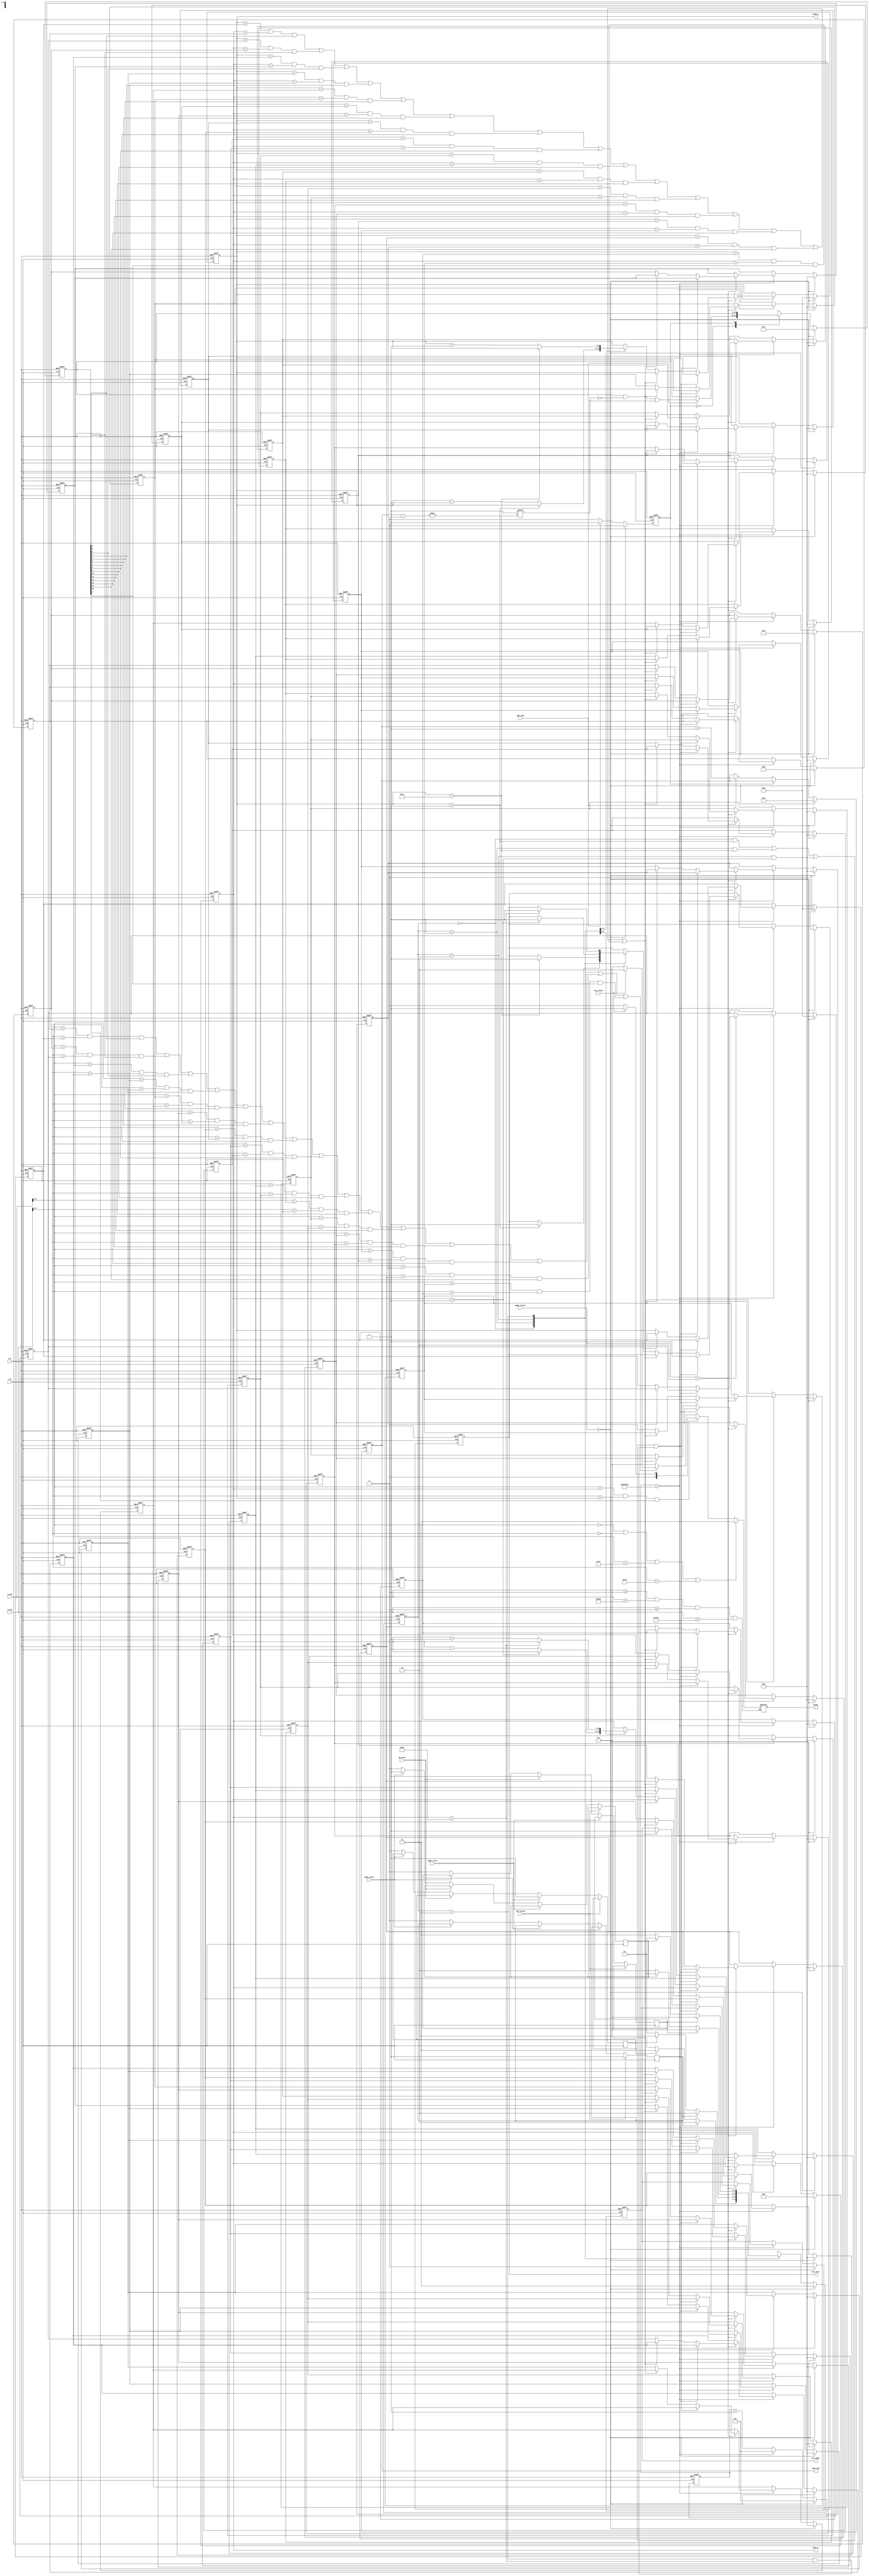
//
module Snake
(
	input clk,
	input rst,
	
	input left_press,
	input right_press,
	input up_press,
	input down_press,
	
	output reg [1:0] snake,//  00 01 10 11
	
	input [9:0]x_pos,
	input [9:0]y_pos,//  ""
	
	output [5:0]head_x,	
	output [5:0]head_y,//
	
	input add_cube,//
	
	input [1:0]game_status,//
	
	output reg [6:0]cube_num,
	
	output reg hit_body,   //
	output reg hit_wall,   //
	input die_flash        //
);
	
	localparam UP = 2'b00;
	localparam DOWN = 2'b01;
	localparam LEFT = 2'b10;
	localparam RIGHT = 2'b11;
	
	localparam NONE = 2'b00;
	localparam HEAD = 2'b01;
	localparam BODY = 2'b10;
	localparam WALL = 2'b11;
	
    localparam RESTART = 2'b00;
	localparam PLAY = 2'b10;
	
	reg[31:0]cnt;
	
	wire[1:0]direct;
	reg [1:0]direct_r;     //
	assign direct = direct_r;//
	reg[1:0]direct_next;
	
	reg change_to_left;
	reg change_to_right;
	reg change_to_up;
	reg change_to_down;
	
	reg [5:0]cube_x[15:0];
	reg [5:0]cube_y[15:0];// "" 
	reg [15:0]is_exist;    //
	
	reg addcube_state;
	
	assign head_x = cube_x[0];
	assign head_y = cube_y[0]; 
	
	always @(posedge clk or negedge rst) begin		
		if(!rst)
			direct_r <= RIGHT; //
		else if(game_status == RESTART) 
		    direct_r <= RIGHT;
		else
			direct_r <= direct_next;
	end

    
	always @(posedge clk or negedge rst) begin
		if(!rst) begin
			cnt <= 0;
								
			cube_x[0] <= 10;
			cube_y[0] <= 5;
					
			cube_x[1] <= 9;
			cube_y[1] <= 5;
					
			cube_x[2] <= 8;
			cube_y[2] <= 5;

			cube_x[3] <= 0;
			cube_y[3] <= 0;
					
			cube_x[4] <= 0;
			cube_y[4] <= 0;
					
			cube_x[5] <= 0;
			cube_y[5] <= 0;
					
			cube_x[6] <= 0;
			cube_y[6] <= 0;
					
			cube_x[7] <= 0;
			cube_y[7] <= 0;
					
			cube_x[8] <= 0;
			cube_y[8] <= 0;
					
			cube_x[9] <= 0;
			cube_y[9] <= 0;					
					
			cube_x[10] <= 0;
			cube_y[10] <= 0;
					
			cube_x[11] <= 0;
			cube_y[11] <= 0;
					
            cube_x[12] <= 0;
			cube_y[12] <= 0;
					
			cube_x[13] <= 0;
			cube_y[13] <= 0;
					
			cube_x[14] <= 0;
			cube_y[14] <= 0;
					
			cube_x[15] <= 0;
			cube_y[15] <= 0;

			hit_wall <= 0;
			hit_body <= 0;//3  16 3-
		end		
		else if(game_status == RESTART) begin
                    cnt <= 0;
                                                    
                    cube_x[0] <= 10;
                    cube_y[0] <= 5;
                                        
                    cube_x[1] <= 9;
                    cube_y[1] <= 5;
                                        
                    cube_x[2] <= 8;
                    cube_y[2] <= 5;
                    
                    cube_x[3] <= 0;
                    cube_y[3] <= 0;
                                        
                    cube_x[4] <= 0;
                    cube_y[4] <= 0;
                                        
                    cube_x[5] <= 0;
                    cube_y[5] <= 0;
                                        
                    cube_x[6] <= 0;
                    cube_y[6] <= 0;
                                        
                    cube_x[7] <= 0;
                    cube_y[7] <= 0;
                                        
                    cube_x[8] <= 0;
                    cube_y[8] <= 0;
                                        
                    cube_x[9] <= 0;
                    cube_y[9] <= 0;
                                        
                    cube_x[10] <= 0;
                    cube_y[10] <= 0;
                                        
                    cube_x[11] <= 0;
                    cube_y[11] <= 0;
                                        
                    cube_x[12] <= 0;
                    cube_y[12] <= 0;
                                        
                    cube_x[13] <= 0;
                    cube_y[13] <= 0;
                                        
                    cube_x[14] <= 0;
                    cube_y[14] <= 0;
                                        
                    cube_x[15] <= 0;
                    cube_y[15] <= 0;
                    
                    hit_wall <= 0;
                    hit_body <= 0;//3  16 3                                
        end
		else begin
			cnt <= cnt + 1;
			if(cnt == 12_500_000) begin   //0.02us*12'500'000=0.25s   
				cnt <= 0;
				if(game_status == PLAY) begin
					if((direct == UP && cube_y[0] == 1)|(direct == DOWN && cube_y[0] == 28)|(direct == LEFT && cube_x[0] == 1)|(direct == RIGHT && cube_x[0] == 38))
					   hit_wall <= 1; //
					else if((cube_y[0] == cube_y[1] && cube_x[0] == cube_x[1] && is_exist[1] == 1)|
							(cube_y[0] == cube_y[2] && cube_x[0] == cube_x[2] && is_exist[2] == 1)|
							(cube_y[0] == cube_y[3] && cube_x[0] == cube_x[3] && is_exist[3] == 1)|
							(cube_y[0] == cube_y[4] && cube_x[0] == cube_x[4] && is_exist[4] == 1)|
							(cube_y[0] == cube_y[5] && cube_x[0] == cube_x[5] && is_exist[5] == 1)|
							(cube_y[0] == cube_y[6] && cube_x[0] == cube_x[6] && is_exist[6] == 1)|
							(cube_y[0] == cube_y[7] && cube_x[0] == cube_x[7] && is_exist[7] == 1)|
							(cube_y[0] == cube_y[8] && cube_x[0] == cube_x[8] && is_exist[8] == 1)|
							(cube_y[0] == cube_y[9] && cube_x[0] == cube_x[9] && is_exist[9] == 1)|
							(cube_y[0] == cube_y[10] && cube_x[0] == cube_x[10] && is_exist[10] == 1)|
							(cube_y[0] == cube_y[11] && cube_x[0] == cube_x[11] && is_exist[11] == 1)|
							(cube_y[0] == cube_y[12] && cube_x[0] == cube_x[12] && is_exist[12] == 1)|
							(cube_y[0] == cube_y[13] && cube_x[0] == cube_x[13] && is_exist[13] == 1)|
							(cube_y[0] == cube_y[14] && cube_x[0] == cube_x[14] && is_exist[14] == 1)|
							(cube_y[0] == cube_y[15] && cube_x[0] == cube_x[15] && is_exist[15] == 1))
							hit_body <= 1;//Y=Y  X=X    
					else begin
						cube_x[1] <= cube_x[0];
						cube_y[1] <= cube_y[0];
										
						cube_x[2] <= cube_x[1];
						cube_y[2] <= cube_y[1];
										
						cube_x[3] <= cube_x[2];
						cube_y[3] <= cube_y[2];
										
						cube_x[4] <= cube_x[3];
						cube_y[4] <= cube_y[3];
										
						cube_x[5] <= cube_x[4];
						cube_y[5] <= cube_y[4];
										
						cube_x[6] <= cube_x[5];
						cube_y[6] <= cube_y[5];
										
						cube_x[7] <= cube_x[6];
						cube_y[7] <= cube_y[6];
										
						cube_x[8] <= cube_x[7];
						cube_y[8] <= cube_y[7];
										
						cube_x[9] <= cube_x[8];
						cube_y[9] <= cube_y[8];
										
						cube_x[10] <= cube_x[9];
						cube_y[10] <= cube_y[9];
										
						cube_x[11] <= cube_x[10];
						cube_y[11] <= cube_y[10];
										
						cube_x[12] <= cube_x[11];
						cube_y[12] <= cube_y[11];
										 
						cube_x[13] <= cube_x[12];
						cube_y[13] <= cube_y[12];
										
						cube_x[14] <= cube_x[13];
						cube_y[14] <= cube_y[13];
										
						cube_x[15] <= cube_x[14];
						cube_y[15] <= cube_y[14];
						//  
						case(direct)							
							UP: begin
							    if(cube_y[0] == 1)
									hit_wall <= 1;
								else
									cube_y[0] <= cube_y[0]-1;
							end
									
							DOWN: begin
								if(cube_y[0] == 28)
									hit_wall <= 1;
								else
									cube_y[0] <= cube_y[0] + 1;
							end
										
							LEFT: begin
								if(cube_x[0] == 1)
									hit_wall <= 1;
								else
									cube_x[0] <= cube_x[0] - 1;											
							end

							RIGHT: begin
								if(cube_x[0] == 38)
									hit_wall <= 1;
                                else
									cube_x[0] <= cube_x[0] + 1;
							end
						endcase				// 
					end
				end
			end
		end
	end
	
	always @(*) begin   //
		direct_next = direct;		
        case(direct)	
		    UP: begin    //Direct_nextDirect_nextDirect_rDirect
			    if(change_to_left)
				    direct_next = LEFT;
			    else if(change_to_right)
				    direct_next = RIGHT;
			    else
				    direct_next = UP;			
		    end		
			
		    DOWN: begin
			    if(change_to_left)
				    direct_next = LEFT;
			    else if(change_to_right)
			        direct_next = RIGHT;
			    else
				    direct_next = DOWN;			
		    end		
			
		    LEFT: begin
			    if(change_to_up)
				    direct_next = UP;
			    else if(change_to_down)
    			    direct_next = DOWN;
			    else
				    direct_next = LEFT;			
		    end
		
		    RIGHT: begin
			    if(change_to_up)
				    direct_next = UP;
			    else if(change_to_down)
				    direct_next = DOWN;
			    else
				    direct_next = RIGHT;
		    end	
	    endcase
	end
	
	always @(posedge clk) begin     //
		if(left_press == 1)
			change_to_left <= 1;
		else if(right_press == 1)
			change_to_right <= 1;
		else if(up_press == 1)
			change_to_up <= 1;
		else if(down_press == 1)
			change_to_down <= 1;
		else begin
			change_to_left <= 0;
			change_to_right <= 0;
			change_to_up <= 0;
			change_to_down <= 0;
		end
	end
	
	always @(posedge clk or negedge rst) begin
//add_cube==1"is_exixt[cube_num]<=1",cube_num""		
		if(!rst) begin
			is_exist <= 16'd7;
			cube_num <= 3;
			addcube_state <= 0;//3is_exist=0000_0000_0111,
		end  
		else if (game_status == RESTART) begin
		      is_exist <= 16'd7;
              cube_num <= 3;
              addcube_state <= 0;
         end
		else begin			
			case(addcube_state) //
				0:begin
					if(add_cube) begin
						cube_num <= cube_num + 1;
						is_exist[cube_num] <= 1;
						addcube_state <= 1;//""
					end						
				end
				1:begin
					if(!add_cube)
						addcube_state <= 0;				
				end
			endcase
		end
	end
	
	reg[3:0]lox;
	reg[3:0]loy;
	
	always @(x_pos or y_pos ) begin				
		if(x_pos >= 0 && x_pos < 640 && y_pos >= 0 && y_pos < 480) begin
			if(x_pos[9:4] == 0 | y_pos[9:4] == 0 | x_pos[9:4] == 39 | y_pos[9:4] == 29)
				snake = WALL;//
			else if(x_pos[9:4] == cube_x[0] && y_pos[9:4] == cube_y[0] && is_exist[0] == 1) 
				snake = (die_flash == 1) ? HEAD : NONE;//
			else if
				((x_pos[9:4] == cube_x[1] && y_pos[9:4] == cube_y[1] && is_exist[1] == 1)|
				 (x_pos[9:4] == cube_x[2] && y_pos[9:4] == cube_y[2] && is_exist[2] == 1)|
				 (x_pos[9:4] == cube_x[3] && y_pos[9:4] == cube_y[3] && is_exist[3] == 1)|
				 (x_pos[9:4] == cube_x[4] && y_pos[9:4] == cube_y[4] && is_exist[4] == 1)|
				 (x_pos[9:4] == cube_x[5] && y_pos[9:4] == cube_y[5] && is_exist[5] == 1)|
				 (x_pos[9:4] == cube_x[6] && y_pos[9:4] == cube_y[6] && is_exist[6] == 1)|
				 (x_pos[9:4] == cube_x[7] && y_pos[9:4] == cube_y[7] && is_exist[7] == 1)|
				 (x_pos[9:4] == cube_x[8] && y_pos[9:4] == cube_y[8] && is_exist[8] == 1)|
				 (x_pos[9:4] == cube_x[9] && y_pos[9:4] == cube_y[9] && is_exist[9] == 1)|
				 (x_pos[9:4] == cube_x[10] && y_pos[9:4] == cube_y[10] && is_exist[10] == 1)|
				 (x_pos[9:4] == cube_x[11] && y_pos[9:4] == cube_y[11] && is_exist[11] == 1)|
				 (x_pos[9:4] == cube_x[12] && y_pos[9:4] == cube_y[12] && is_exist[12] == 1)|
				 (x_pos[9:4] == cube_x[13] && y_pos[9:4] == cube_y[13] && is_exist[13] == 1)|
				 (x_pos[9:4] == cube_x[14] && y_pos[9:4] == cube_y[14] && is_exist[14] == 1)|
				 (x_pos[9:4] == cube_x[15] && y_pos[9:4] == cube_y[15] && is_exist[15] == 1))
				 snake = (die_flash == 1) ? BODY : NONE;//
			else snake = NONE;
		end
	end
endmodule